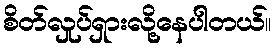
စိတ်လှုပ်ရှားလို့နေပါတယ်။